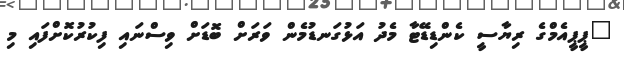
"ޕީޕީއެމްގެ ރިޔާސީ ކެންޑިޑޭޓާ މެދު އަޅުގަނޑުމެން ވަރަށް ބޮޑަށް ވިސްނައި ފިކުރުކޮށްފައި މި